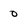
Character: o